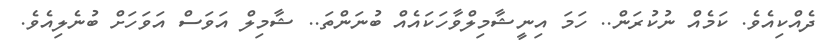
ދެއްކިއެވެ. ކަމެއް ނުކުރަން.. ހަމަ އިނީޝާމިލްވާހަަކައެއް ބުނަންތަ.. ޝާމިލް އަވަސް އަވަހަށް ބުނެލިއެވެ.